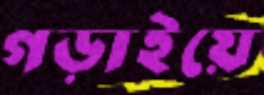
গড়াইয়ে